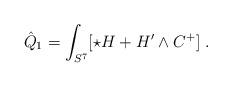
LaTeX: \begin{align*}\hat Q_1 = \int_{S^7} [\star H + H'\wedge C^+]\ .\end{align*}